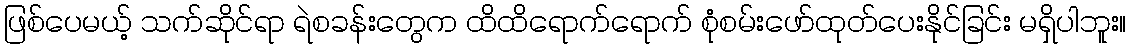
ဖြစ်ပေမယ့် သက်ဆိုင်ရာ ရဲစခန်းတွေက ထိထိရောက်ရောက် စုံစမ်းဖော်ထုတ်ပေးနိုင်ခြင်း မရှိပါဘူး။